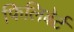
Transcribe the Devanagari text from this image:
फिलिबेर्ट